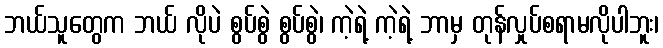
ဘယ်သူတွေက ဘယ် လိုပဲ စွပ်စွဲ စွပ်စွဲ၊ ကဲ့ရဲ့ ကဲ့ရဲ့ ဘာမှ တုန်လှုပ်စရာမလိုပါဘူး၊